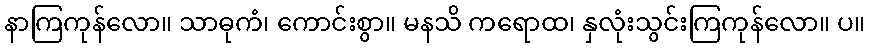
နာကြကုန်လော။ သာဓုကံ၊ ကောင်းစွာ။ မနသိ ကရောထ၊ နှလုံးသွင်းကြကုန်လော။ ပ။